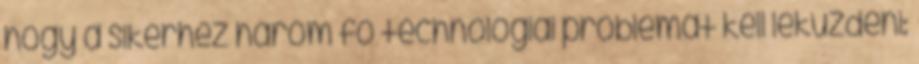
hogy a sikerhez három fő technológiai problémát kell leküzdeni: